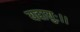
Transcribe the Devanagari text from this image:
यदायुः।।